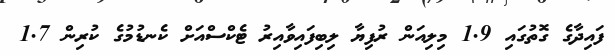
ފައިދާގެ ގޮތުގައި 1.9 މިލިއަން ރުފިޔާ ލިބިފައިވާއިރު ޓެކްސްއަށް ކެނޑުމުގެ ކުރިން 1.7